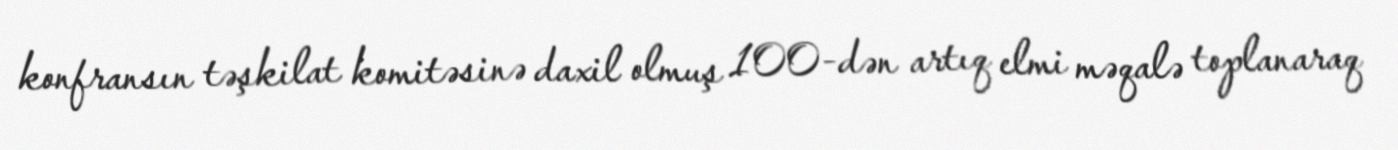
konfransın təşkilat komitəsinə daxil olmuş 100-dən artıq elmi məqalə toplanaraq